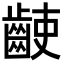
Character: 𪘌